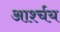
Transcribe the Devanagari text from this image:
आर्श्चय